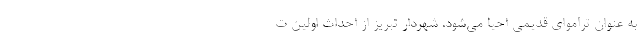
به عنوان تراموای قدیمی احیا می‌شود. شهردار تبریز از احداث اولین ت